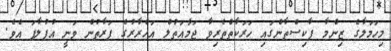
މިހަމަލާގެ ޒިންމާ ޕާކިސްތާންގައި ހަރަކާތްތެރިވާ ޖަމާއަތުލް އަހްރާރުގެ ފަރާތުން ވަނީ އުފުލާފަ އެވެ.